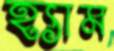
হ্যাম